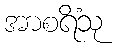
အာစရိံသု